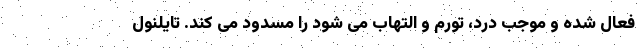
فعال شده و موجب درد، تورم و التهاب می شود را مسدود می کند. تایلنول